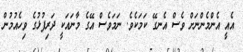
އެއީ އެންމެންނަށް ވެސް އެނގޭ ކަމަކެވެ. ނަމަވެސް އޭގެ މާނައަކީ ދަރިފުޅުގެ ވިހެއުމުން